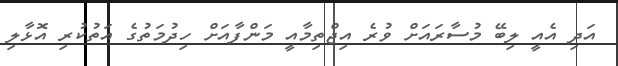
އަދި އެއީ ލިބޭ މުސާރައަށް ވުރެ އިޖްތިމާއީ މަންފާއަށް ހިދުމަތުގެ އަތުކުރި އޮޅާލި